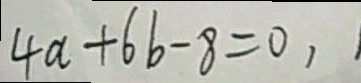
4 a + 6 b - 8 = 0 ,